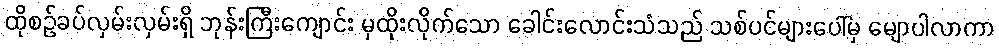
ထိုစဉ်ခပ်လှမ်းလှမ်းရှိ ဘုန်းကြီးကျောင်း မှထိုးလိုက်သော ခေါင်းလောင်းသံသည် သစ်ပင်များပေါ်မှ မျောပါလာကာ